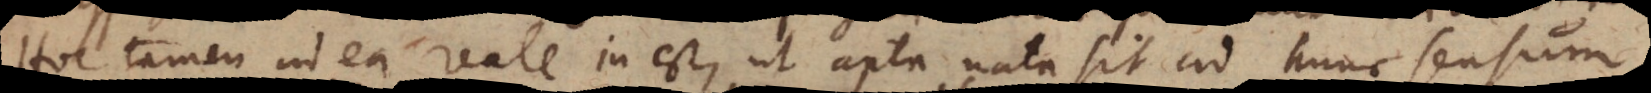
Hoc tamen in ea reale inest, ut apta nata sit ad hunc sensum